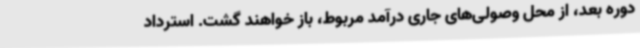
دوره بعد، از محل وصولی‌های جاری درآمد مربوط، باز خواهند گشت. استرداد